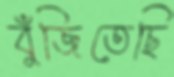
বুঁজিতেছি